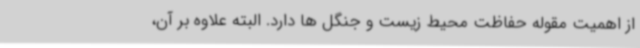
از اهمیت مقوله حفاظت محیط زیست و جنگل ها دارد. البته علاوه بر آن،